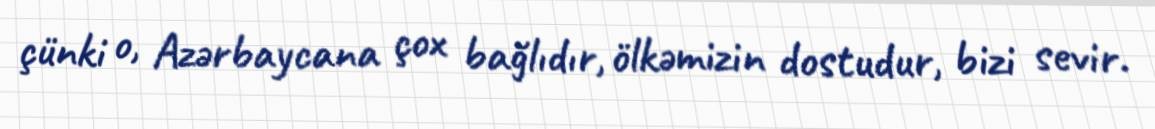
çünki o, Azərbaycana çox bağlıdır, ölkəmizin dostudur, bizi sevir.